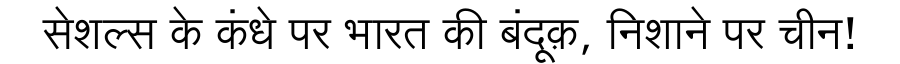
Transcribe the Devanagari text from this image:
सेशल्स के कंधे पर भारत की बंदूक़, निशाने पर चीन!